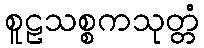
စူဠသစ္စကသုတ္တံ